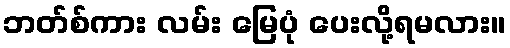
ဘတ်စ်ကား လမ်း မြေပုံ ပေးလို့ရမလား။